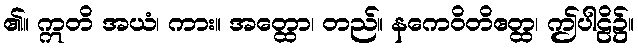
၏။ ဣတိ အယံ၊ ကား။ အတ္ထော၊ တည်။ နကေဝိတိဧတ္ထ၊ ဤပါဠိ၌။